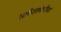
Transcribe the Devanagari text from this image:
खनिजसंपत्तीमध्ये